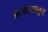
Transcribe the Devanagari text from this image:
अभ्यासातुन